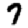
Digit: 7